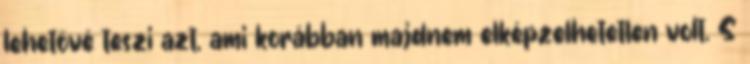
lehetővé teszi azt, ami korábban majdnem elképzelhetetlen volt. S